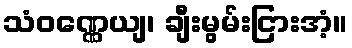
သံဝဏ္ဏေယျ၊ ချီးမွမ်းငြားအံ့။